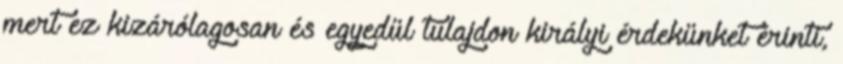
mert ez kizárólagosan és egyedül tulajdon királyi érdekünket érinti,